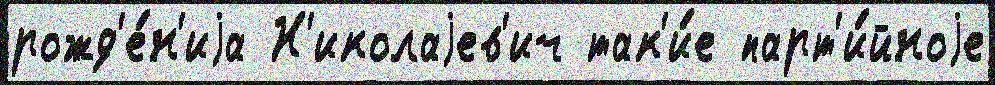
рожд'е́н'иjа Н'иколаjев'ич так'и́е парт'и́йноjе